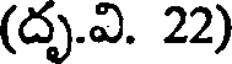
(దృ.వి. 22)